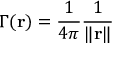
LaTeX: \Gamma ( \mathbf { r } ) = { \frac { 1 } { 4 \pi } } { \frac { 1 } { \| \mathbf { r } \| } }